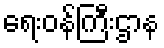
ရေးဝန်ကြီးဌာန